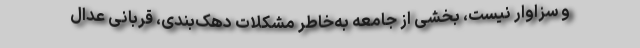
و سزاوار نیست، بخشی از جامعه به‌خاطر مشکلات دهک‌بندی، قربانی عدال